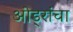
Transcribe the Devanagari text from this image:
ओड्रांचा